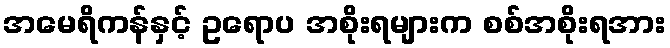
အမေရိကန်နှင့် ဥရောပ အစိုးရများက စစ်အစိုးရအား